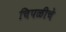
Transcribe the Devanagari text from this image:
चिपळीचे